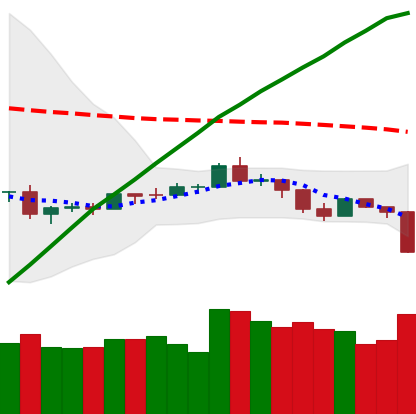
Ticker: ETH-USD
Chart end date: 2019-08-14
Forward return: 8.834%
Label: up_7plus